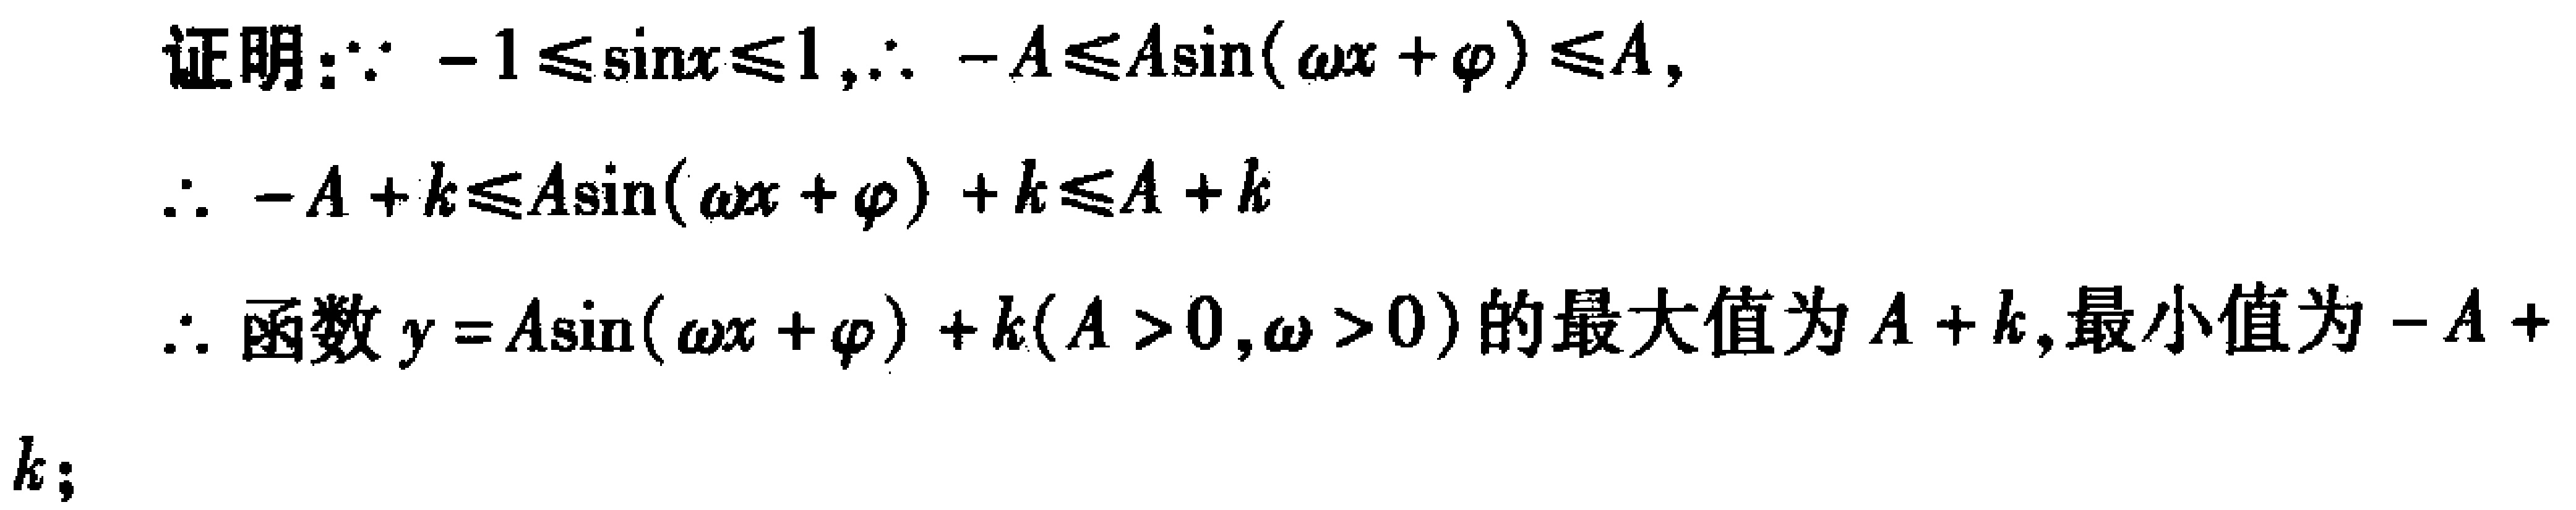
证明：\(\because -1\leqslant\sin x\leqslant1,\therefore -A\leqslant A\sin(\omega x + \varphi)\leqslant A\)，

\(\therefore -A + k\leqslant A\sin(\omega x + \varphi)+k\leqslant A + k\)

\(\therefore\)函数\(y = A\sin(\omega x + \varphi)+k(A > 0,\omega > 0)\)的最大值为\(A + k\)，最小值为\(-A + k\)；